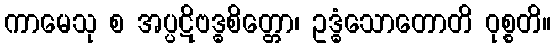
ကာမေသု စ အပ္ပဋိဗဒ္ဓစိတ္တော၊ ဥဒ္ဓံသောတောတိ ဝုစ္စတိ။